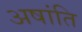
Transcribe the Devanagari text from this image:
अषांति